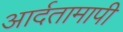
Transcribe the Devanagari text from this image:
आर्दतामापी